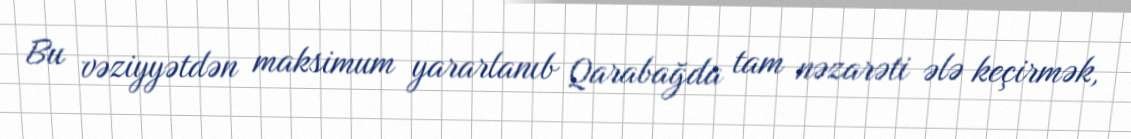
Bu vəziyyətdən maksimum yararlanıb Qarabağda tam nəzarəti ələ keçirmək,